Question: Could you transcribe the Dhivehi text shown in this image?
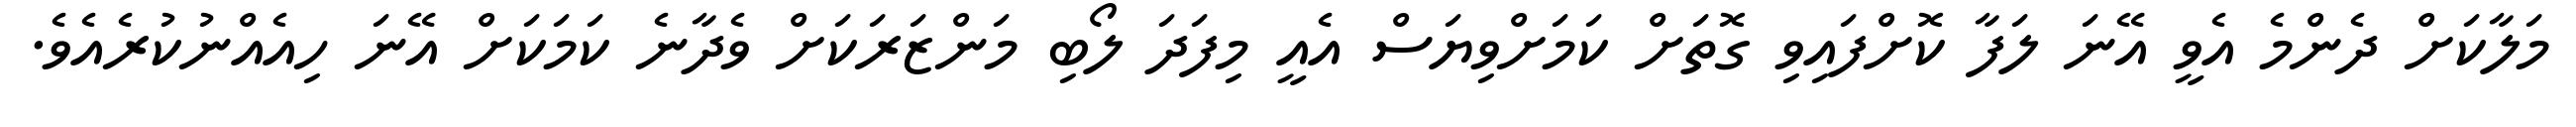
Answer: މަލާކަށް ދެންމެ އެވީ އޭނަ ލަފާ ކޮށްފައިވި ގޮތަށް ކަމަށްވިޔަސް އެއީ މިފަދަ ލޯބި މަންޒަރަކަށް ވެދާނެ ކަމަކަށް އޭނަ ހިއެއްނުކުރެއެވެ.